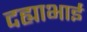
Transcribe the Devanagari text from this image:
दह्याभाई